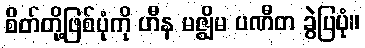
စိတ်တို့ဖြစ်ပုံကို ဟီန မဇ္ဈိမ ပဏီတ ခွဲပြပုံ။